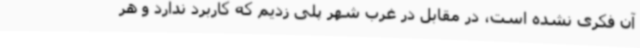
آن فکری نشده است، در مقابل در غرب شهر پلی زدیم که کاربرد ندارد و هر